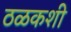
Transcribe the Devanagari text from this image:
ठळकशी